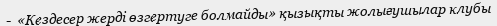
-  «Кездесер жерді өзгeртугe болмайды» қызықты жолығушылар клубы